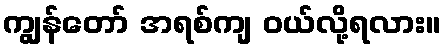
ကျွန်တော် အရစ်ကျ ဝယ်လို့ရလား။